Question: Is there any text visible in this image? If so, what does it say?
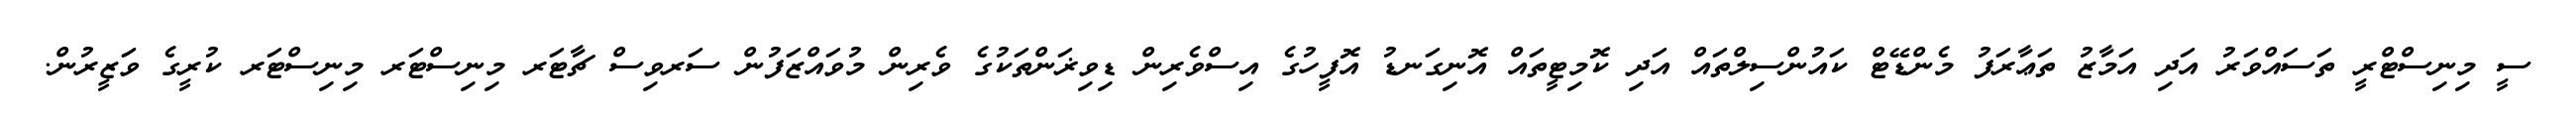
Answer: ސީ މިނިސްޓްރީ ތަސައްވަރު އަދި އަމާޒު ތަޢާރަފު މެންޑޭޓް ކައުންސިލްތައް އަދި ކޮމިޓީތައް އޮނިގަނޑު އޮފީހުގެ އިސްވެރިން ޑިވިޜަންތަކުގެ ވެރިން މުވައްޒަފުން ސަރވިސް ޗާޓަރ މިނިސްޓަރ މިނިސްޓަރ ކުރީގެ ވަޒީރުން.